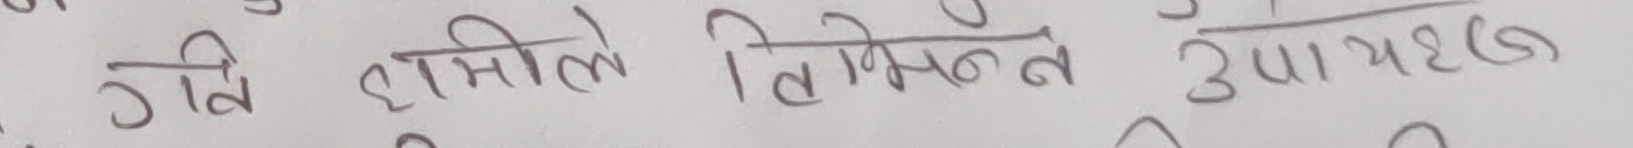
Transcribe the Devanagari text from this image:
गवि हामीले तिमीले उपयोग